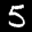
Label: 5